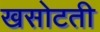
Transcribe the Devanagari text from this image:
खसोटती